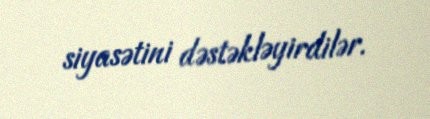
siyasətini dəstəkləyirdilər.